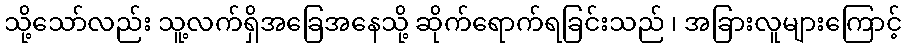
သို့သော်လည်း သူ့လက်ရှိအခြေအနေသို့ ဆိုက်ရောက်ရခြင်းသည် ၊ အခြားလူများကြောင့်